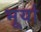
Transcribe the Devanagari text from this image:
भूर्या